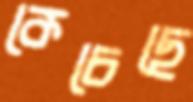
কেচেছে